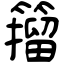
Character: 籀